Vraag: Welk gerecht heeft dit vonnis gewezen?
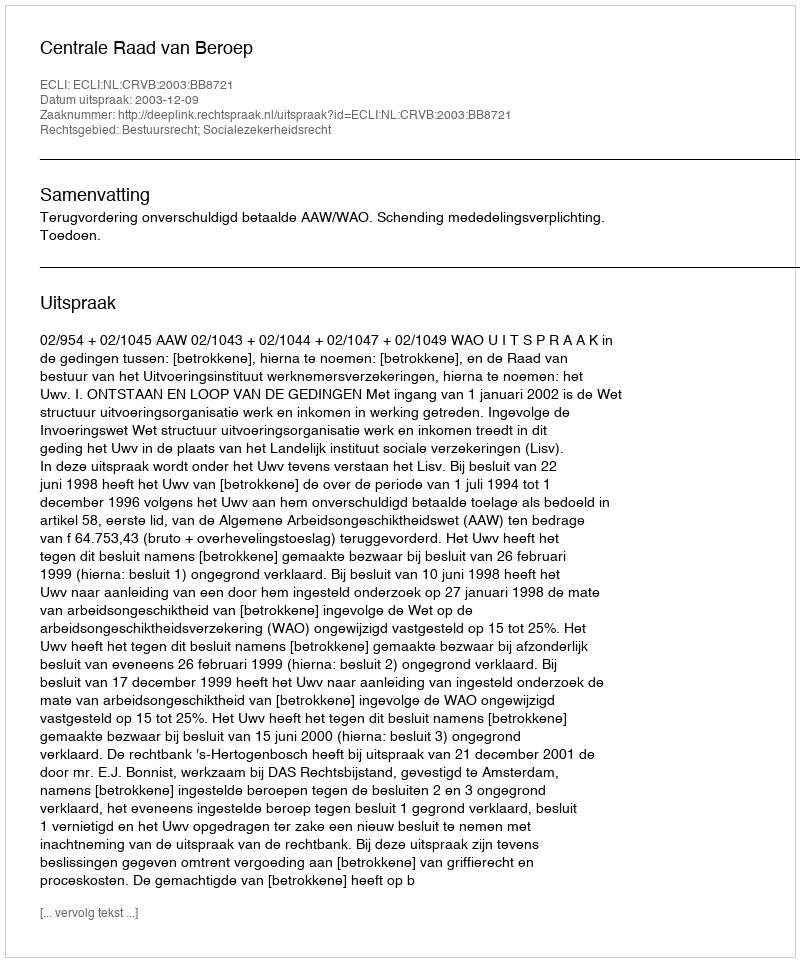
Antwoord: Centrale Raad van Beroep